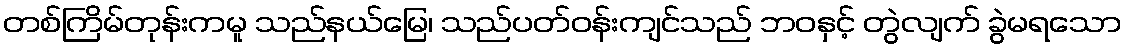
တစ်ကြိမ်တုန်းကမူ သည်နယ်မြေ၊ သည်ပတ်ဝန်းကျင်သည် ဘဝနှင့် တွဲလျက် ခွဲမရသော